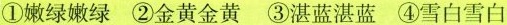
①嫩绿嫩绿②金黄金黄③湛蓝湛蓝④雪白雪白